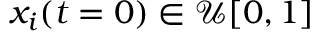
x _ { i } ( t = 0 ) \in \mathcal { U } [ 0 , 1 ]